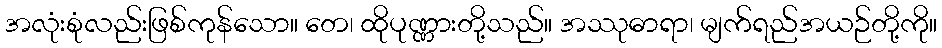
အလုံးစုံလည်းဖြစ်ကုန်သော။ တေ၊ ထိုပုဏ္ဏားတို့သည်။ အဿုဓာရာ၊ မျက်ရည်အယဉ်တို့ကို။